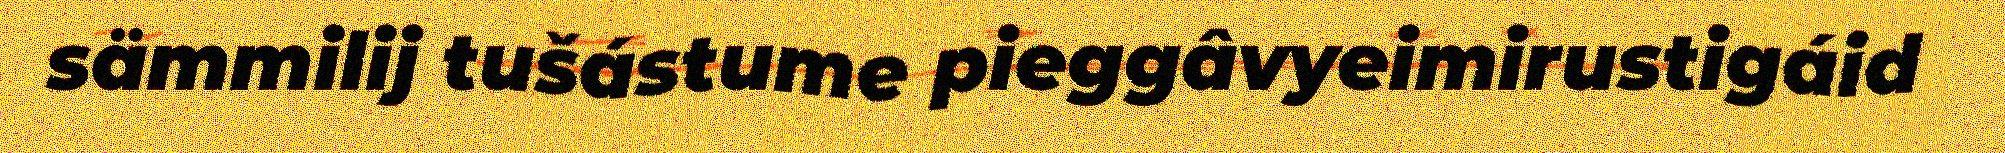
sämmilij tušástume pieggâvyeimirustigáid